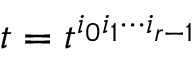
t = t ^ { i _ { 0 } i _ { 1 } \cdots i _ { r - 1 } }